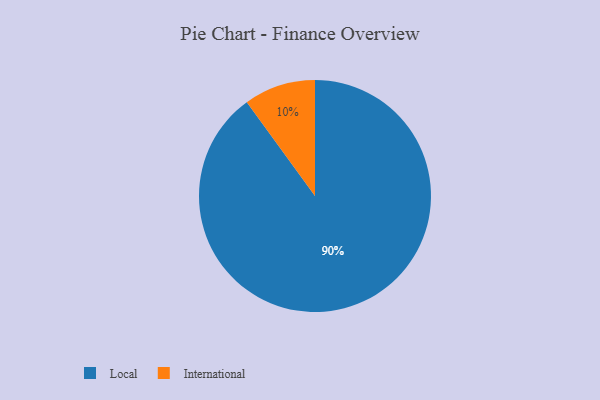
{"axis": {"x": "Category", "y": "Percentage"}, "legend": ["International", "Local"], "data": [{"x": "International", "y": 10, "type": "International"}, {"x": "Local", "y": 90, "type": "Local"}]}